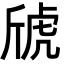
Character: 䖐